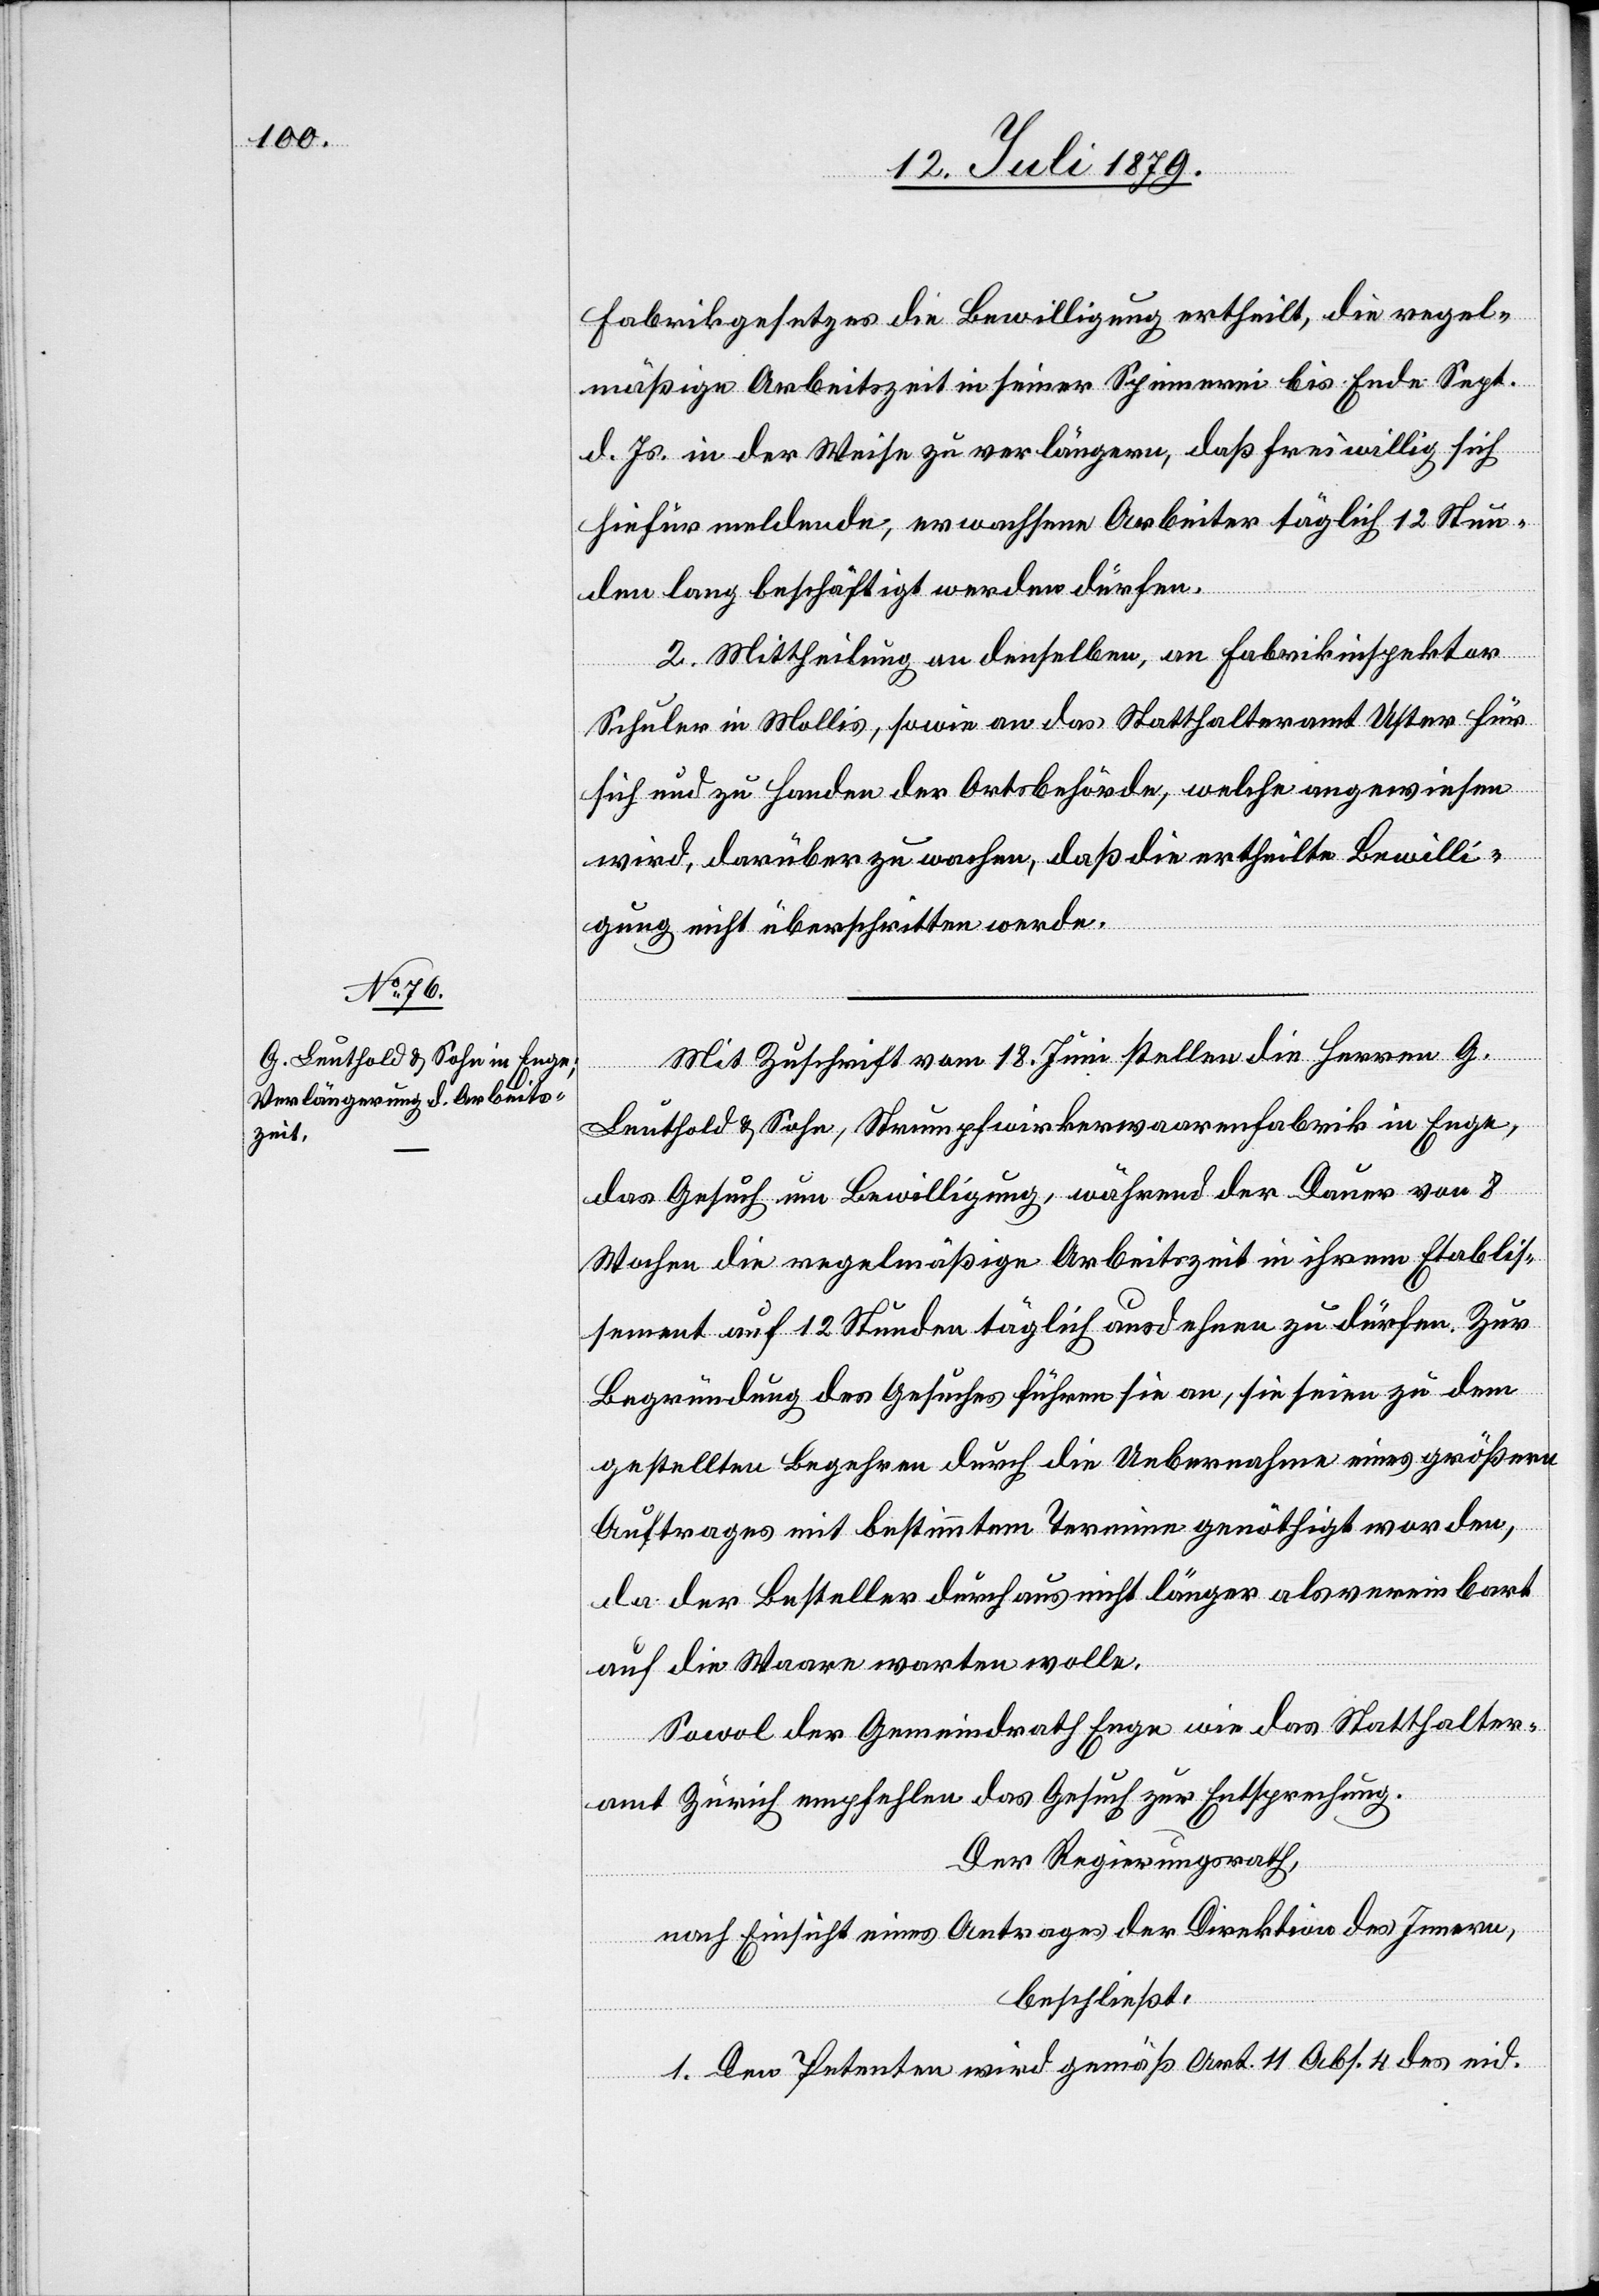
Fabrikgesetzes die Bewilligung ertheilt, die regel¬
mäßige Arbeitszeit in seiner Spinnerei bis Ende Sept.
d. Js. in der Weise zu verlängern, daß freiwillig sich
hiefür meldende, erwachsene Arbeiter täglich 12 Stun¬
den lang beschäftigt werden dürfen.
2. Mittheilung an denselben, an Fabrikinspektor
Schuler in Mollis, sowie an das Statthalteramt Uster für
sich und zu Handen der Ortsbehörde, welche angewiesen
wird, darüber zu wachen, daß die ertheilte Bewilli¬
gung nicht überschritten werde.
Mit Zuschrift vom 18. Juni stellen die Herren G.
Leuthold & Sohn, Strumpfwirkerwaarenfabrik in Enge,
das Gesuch um Bewilligung, während der Dauer von 8
Wochen die regelmäßige Arbeitszeit in ihrem Etablis¬
sement auf 12 Stunden täglich ausdehnen zu dürfen. Zur
Begründung des Gesuches führen sie an, sie seien zu dem
gestellten Begehren durch die Uebernahme eines größern
Auftrages mit bestimmtem Termine genöthigt worden,
da der Besteller durchaus nicht länger als vereinbart
auf die Waare warten wolle.
Sowol der Gemeindrath Enge wie das Statthalter¬
amt Zürich empfehlen das Gesuch zur Entsprechung.
Der Regierungsrath,
nach Einsicht eines Antrages der Direktion des Innern,
beschließt:
1. Den Petenten wird gemäß Art. 11 Abs. 4 des eid.